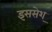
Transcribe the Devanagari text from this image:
इससेश्